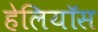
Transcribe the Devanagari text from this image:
हेलियॉस